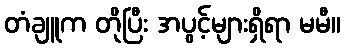
တံချူက တိုပြီး အပွင့်များရှိရာ မမီ။